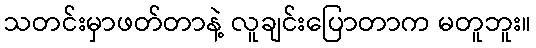
သတင်းမှာဖတ်တာနဲ့ လူချင်းပြောတာက မတူဘူး။